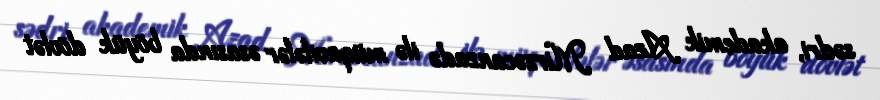
sədri, akademik Azad Mirzəcanzadə ilə müqavilələr əsasında böyük dövlət